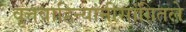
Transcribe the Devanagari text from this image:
वृत्तवाहिन्यांनीसांगितले